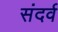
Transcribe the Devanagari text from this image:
संदर्व